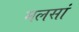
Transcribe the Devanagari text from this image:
मलसां